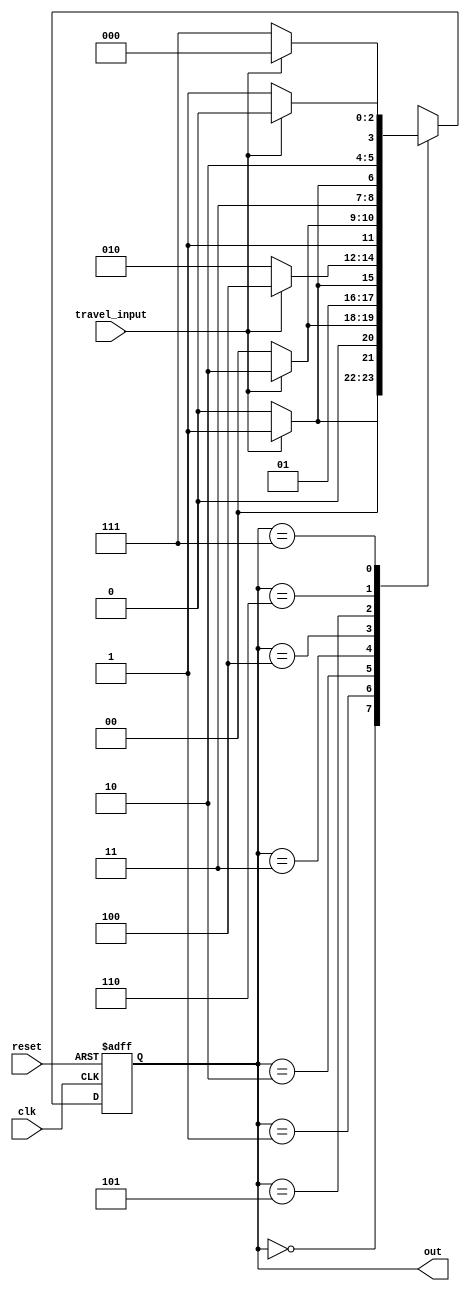
module LandRoverFSM(
    input wire clk,  
    input wire reset,  
    input wire travel_input,  
    output reg [2:0]out 
);


parameter [2:0] Room0=3'b000;
parameter [2:0] Room1=3'b001;
parameter [2:0] Room2=3'b010;
parameter [2:0] Room3=3'b011;
parameter [2:0] Room4=3'b100;
parameter [2:0] Room5=3'b101;
parameter [2:0] Room6=3'b110;
parameter [2:0] Room7=3'b111;
reg [2:0] next_state,current_state;


always @(posedge clk or posedge reset) begin
    if (reset) begin
        current_state <= Room0;  
    end else begin
        current_state <= next_state;  
    end
end

always @(current_state or travel_input) begin
    case (current_state)
        Room0:
            if (travel_input == 0)
                next_state = Room0;
            else
                next_state = Room1;
        Room1:
            if (travel_input == 0)
                next_state = Room0;
            else
                next_state = Room2;
        Room2:
            if (travel_input == 0)
                next_state = Room2;
            else
                next_state = Room3;
        Room3:
            if (travel_input == 0)
                next_state = Room2;
            else
                next_state = Room4;
        Room4:
            if (travel_input == 0)
                next_state = Room4;
            else
                next_state = Room6;
        Room5:
            if (travel_input == 0)
                next_state = Room6;
            else
                next_state = Room7;
        Room6:
            if (travel_input == 0)
                next_state = Room5;
            else
                next_state = Room4;
        Room7:
            if (travel_input == 0)
                next_state = Room7;
            else
                next_state = Room0;
        default:
            next_state = Room0;
    endcase
end
always @(current_state)
begin
    out<=current_state;
end
endmodule